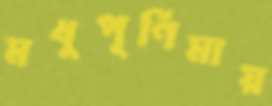
মধুপূর্ণিমায়